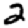
Digit: 2